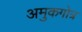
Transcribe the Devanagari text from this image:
अमुकगोत्र